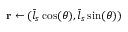
\mathbf r \gets ( \bar { l } _ { s } \cos ( \theta ) , \bar { l } _ { s } \sin ( \theta ) )